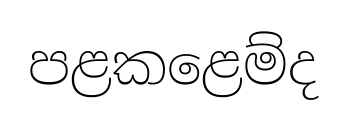
පළකළෙම්ද